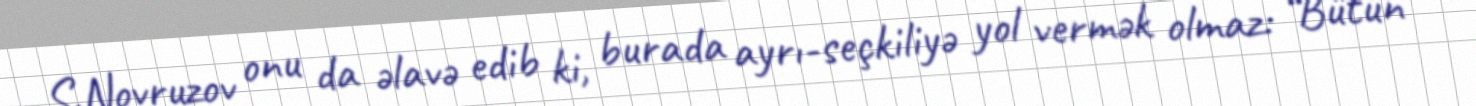
S.Novruzov onu da əlavə edib ki, burada ayrı-seçkiliyə yol vermək olmaz: “Bütün